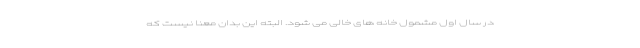
در سال اول مشمول خانه های خالی می شود. البته این بدان معنا نیست که